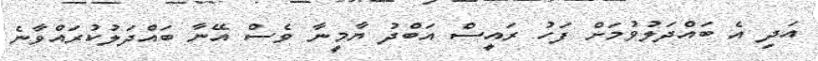
އަދި އެ ބައްދަލުވުމަށް ފަހު ރައީސް އަބްދު ޔާމީނާ ވެސް އޭނާ ބައްދަލުކުރައްވާނެ